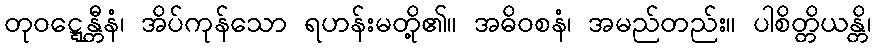
တုဝဋ္ဋေန္တီနံ၊ အိပ်ကုန်သော ရဟန်းမတို့၏။ အဓိဝစနံ၊ အမည်တည်း။ ပါစိတ္တိယန္တိ၊